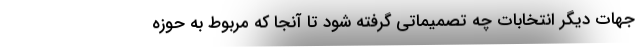
جهات دیگر انتخابات چه تصمیماتی گرفته شود تا آنجا که مربوط به حوزه